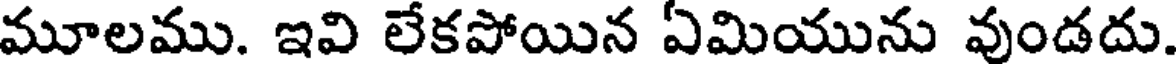
మూలము. ఇవి లేకపోయిన ఏమియును వుండదు.